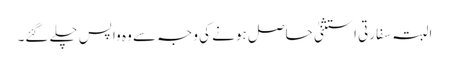
البتہ سفارتی استثنیٰ حاصل ہونے کی وجہ سے وہ واپس چلے گئے۔